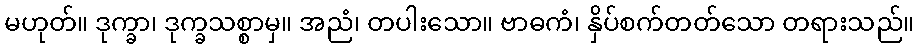
မဟုတ်။ ဒုက္ခာ၊ ဒုက္ခသစ္စာမှ။ အညံ၊ တပါးသော။ ဗာဓကံ၊ နှိပ်စက်တတ်သော တရားသည်။